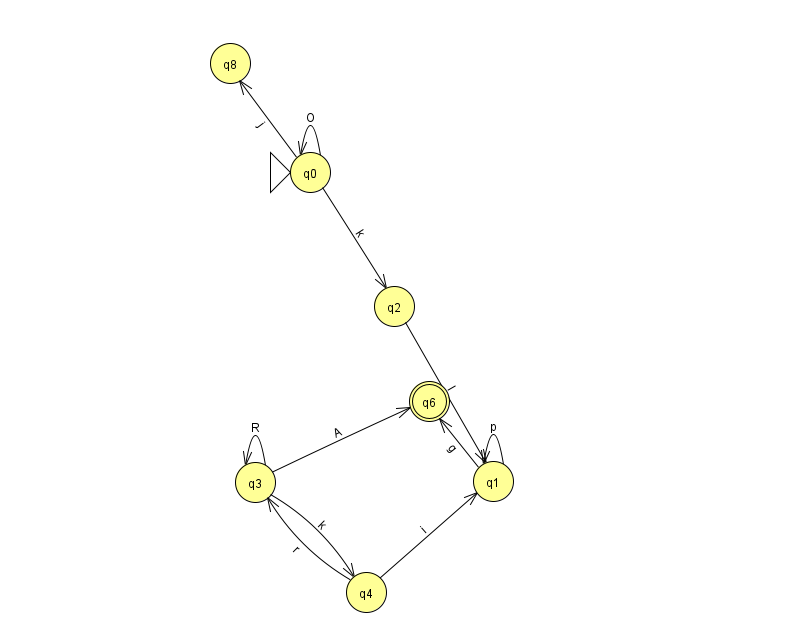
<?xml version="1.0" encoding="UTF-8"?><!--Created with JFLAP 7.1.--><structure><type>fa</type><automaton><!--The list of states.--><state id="0" name="q0"><x>310.0</x><y>159.0</y><initial/></state><state id="1" name="q1"><x>493.0</x><y>468.0</y></state><state id="2" name="q2"><x>394.0</x><y>293.0</y></state><state id="3" name="q3"><x>255.0</x><y>469.0</y></state><state id="4" name="q4"><x>366.0</x><y>579.0</y></state><state id="6" name="q6"><x>429.0</x><y>388.0</y><final/></state><state id="8" name="q8"><x>230.0</x><y>50.0</y></state><!--The list of transitions.--><transition><from>1</from><to>1</to><read>p</read></transition><transition><from>2</from><to>1</to><read>I</read></transition><transition><from>3</from><to>4</to><read>k</read></transition><transition><from>4</from><to>1</to><read>i</read></transition><transition><from>3</from><to>3</to><read>R</read></transition><transition><from>0</from><to>2</to><read>k</read></transition><transition><from>4</from><to>3</to><read>r</read></transition><transition><from>1</from><to>6</to><read>g</read></transition><transition><from>0</from><to>8</to><read>j</read></transition><transition><from>0</from><to>0</to><read>O</read></transition><transition><from>3</from><to>6</to><read>A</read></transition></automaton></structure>